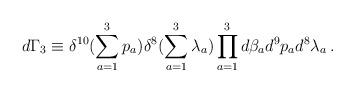
LaTeX: \begin{align*}d\Gamma_3\equiv \delta^{10}(\sum_{a=1}^3p_a)\delta^8(\sum_{a=1}^3\lambda_a)\prod_{a=1}^3 d\beta_a d^9p_a d^8\lambda_a\,.\end{align*}